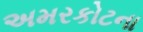
અમરકોટના